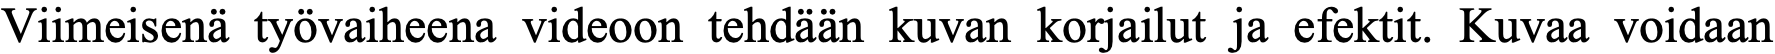
Viimeisenä työvaiheena videoon tehdään kuvan korjailut ja efektit. Kuvaa voidaan